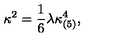
\kappa ^ { 2 } = \frac { 1 } { 6 } \lambda \kappa _ { ( 5 ) } ^ { 4 } ,